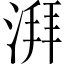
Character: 湃